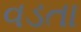
વડતા